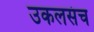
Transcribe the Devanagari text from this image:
उकलसंच